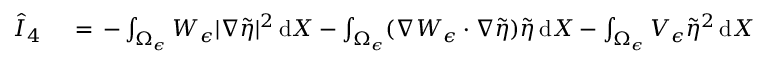
\begin{array} { r l } { \hat { I } _ { 4 } \, } & { { } = \, - \int _ { \Omega _ { \epsilon } } W _ { \epsilon } | \nabla \tilde { \eta } | ^ { 2 } \, \mathrm { d } X - \int _ { \Omega _ { \epsilon } } ( \nabla W _ { \epsilon } \cdot \nabla \tilde { \eta } ) \tilde { \eta } \, \mathrm { d } X - \int _ { \Omega _ { \epsilon } } V _ { \epsilon } \tilde { \eta } ^ { 2 } \, \mathrm { d } X } \end{array}